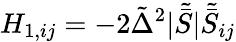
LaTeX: H_{1,ij}=-2\tilde{\Delta}^{2}|\tilde{\bar{S}}|\tilde{\bar{S}}_{ij}